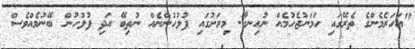
"އަހަރެމެންގެ ތެރޭގައި ހަމަނުޖެހުމެއް ނުހިނގާ. މިރަށުގައި ފުލުހުންނެއް ނުތިބޭ އަދި ފުލުހުން ބޭނުމެއްވެސް